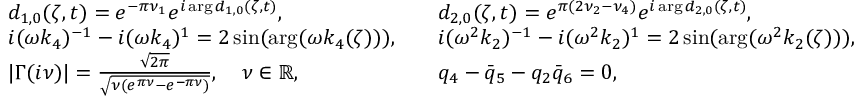
\begin{array} { r l r l } & { d _ { 1 , 0 } ( \zeta , t ) = e ^ { - \pi \nu _ { 1 } } e ^ { i \arg d _ { 1 , 0 } ( \zeta , t ) } , } & & { d _ { 2 , 0 } ( \zeta , t ) = e ^ { \pi ( 2 \nu _ { 2 } - \nu _ { 4 } ) } e ^ { i \arg d _ { 2 , 0 } ( \zeta , t ) } , } \\ & { i ( \omega k _ { 4 } ) ^ { - 1 } - i ( \omega k _ { 4 } ) ^ { 1 } = 2 \sin ( \arg ( \omega k _ { 4 } ( \zeta ) ) ) , } & & { i ( \omega ^ { 2 } k _ { 2 } ) ^ { - 1 } - i ( \omega ^ { 2 } k _ { 2 } ) ^ { 1 } = 2 \sin ( \arg ( \omega ^ { 2 } k _ { 2 } ( \zeta ) ) ) , } \\ & { | \Gamma ( i \nu ) | = \frac { \sqrt { 2 \pi } } { \sqrt { \nu ( e ^ { \pi \nu } - e ^ { - \pi \nu } ) } } , \quad \nu \in \mathbb { R } , } & & { q _ { 4 } - \bar { q } _ { 5 } - q _ { 2 } \bar { q } _ { 6 } = 0 , } \end{array}